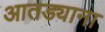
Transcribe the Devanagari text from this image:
आतड्याना